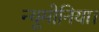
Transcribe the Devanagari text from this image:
न्यूमोनिया।